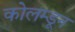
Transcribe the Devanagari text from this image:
कोलम्डून